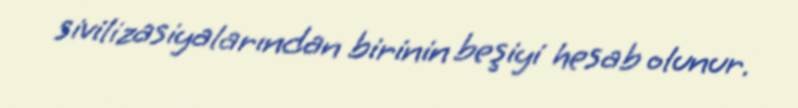
sivilizasiyalarından birinin beşiyi hesab olunur.